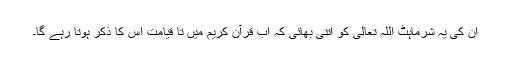
اُن کی یہ شرماہٹ اللہ تعالیٰ کو اتنی بھائی کہ اب قرآن کریم میں تا قیامت اس کا ذکر ہوتا رہے گا۔